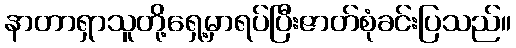
နာတာရှာသူတို့ရှေ့မှာရပ်ပြီးဇာတ်စုံခင်းပြသည်။